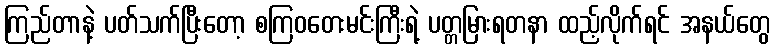
ကြည်တာနဲ့ ပတ်သက်ပြီးတော့ စကြဝတေးမင်းကြီးရဲ့ ပတ္တမြားရတနာ ထည့်လိုက်ရင် အနယ်တွေ